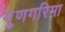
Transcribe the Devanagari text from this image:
गुणगरिमा